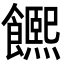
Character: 𩟄